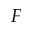
F